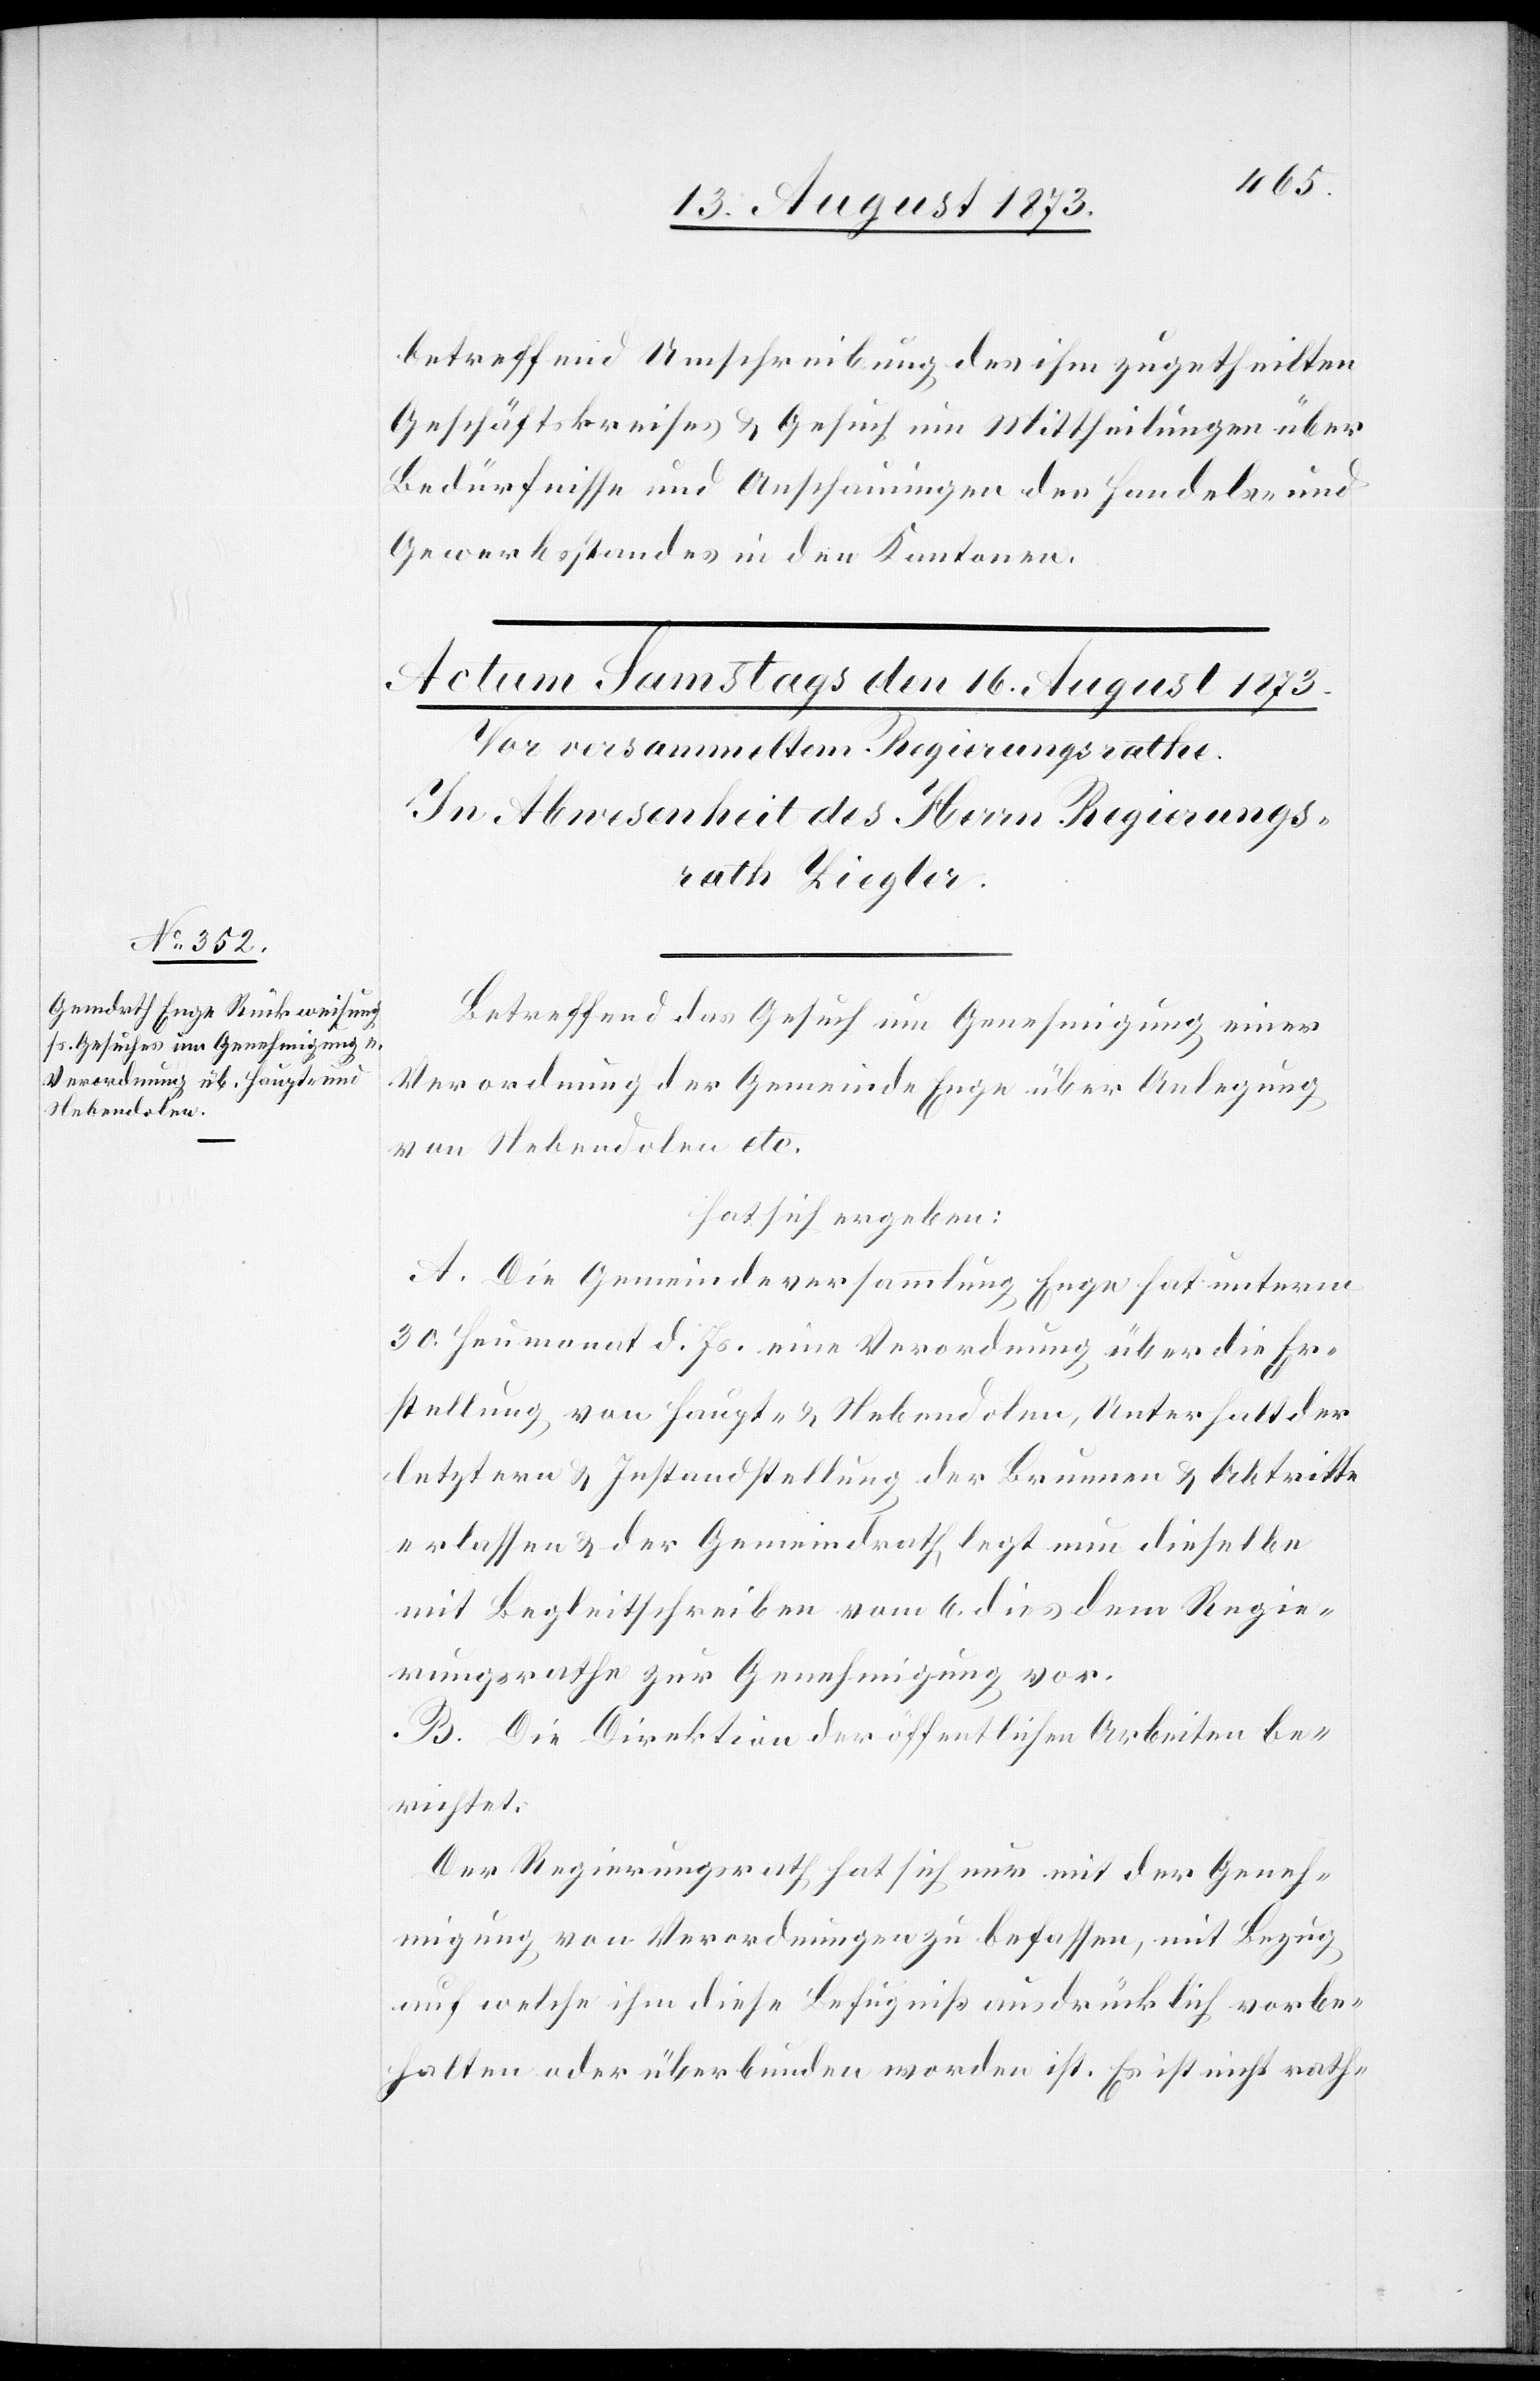
betreffend Umschreibung des ihm zugetheilten
Geschäftskreises & Gesuch um Mittheilung über
Bedürfnisse und Anschauungen des Handels- und
Gewerbsstandes in den Kantonen.
Betreffend das Gesuch um Genehmigung einer
Verordnung der Gemeinde Enge über Anlegung
von Nebendolen etc.
hat sich ergeben:
A. Die Gemeindeversammlung Enge hat unterm
30. Heumonat d. Js. eine Verordnung über die Er¬
stellung von Haupt- & Nebendolen, Unterhalt der
letztern & Instandstellung der Brunnen & Abtritte
erlassen & der Gemeindrath legt nun dieselbe
mit Begleitschreiben vom 6. dies dem Regie¬
rungsrathe zur Genehmigung vor.
B. Die Direktion der öffentlichen Arbeiten be¬
richtet:
Der Regierungsrath hat sich nur mit der Geneh¬
migung von Verordnungen zu befassen, mit Bezug
auf welche ihm diese Befugniß ausdrücklich vorbe¬
halten oder überbunden worden ist. Es ist nicht rath-